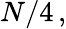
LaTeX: N/4\, ,